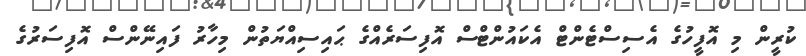
ކުރީން މި އޮފީހުގެ އެސިސްޓެންޓް އެކައުންޓްސް އޮފިސަރެއްގެ ޙައިސިއްޔަތުން މިހާރު ފައިނޭންސް އޮފިސަރުގެ